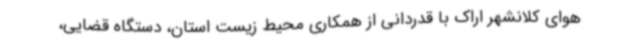
هوای کلانشهر اراک با قدردانی از همکاری محیط زیست استان، دستگاه قضایی،